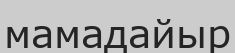
мамадайыр